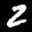
Label: 2